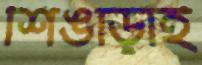
শিঙাড়াই